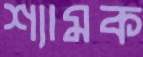
শ্যামক